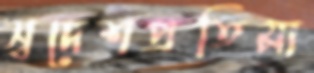
স্বদেশপ্রতিমা